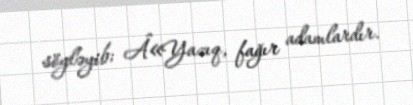
söyləyib: Â«Yazıq, fağır adamlardır.